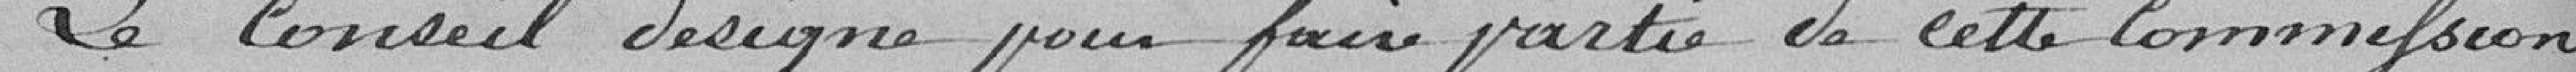
Le conseil désigne pour faire partie de cette commission